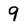
Character: 9